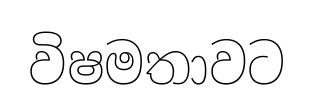
විෂමතාවට